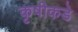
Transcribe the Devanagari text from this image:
कृषीकडे